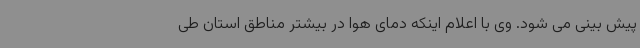
پیش بینی می شود. وی با اعلام اینکه دمای هوا در بیشتر مناطق استان طی